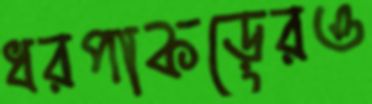
ধরপাকড়েরও